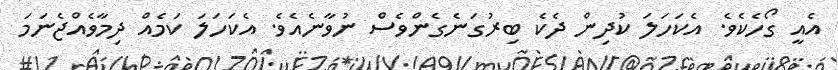
އެއީ ގޯހެކެވެ. އެކަހަލަ ކުދިން ދެކެ ބިރުގަނެގެންވެސް ނުވާނެއެވެ. އެކަހަލަ ކަމެއް ދިމާވެއްޖެނަމަ